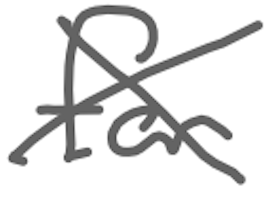
Text: for
Cross-out: cross
Writing tool: digital_gray